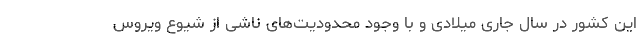
این کشور در سال جاری میلادی و با وجود محدودیت‌های ناشی از شیوع ویروس